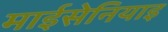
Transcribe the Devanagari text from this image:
माईसेनियाइ